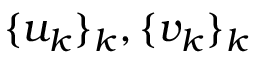
\{ u _ { k } \} _ { k } , \{ v _ { k } \} _ { k }